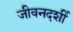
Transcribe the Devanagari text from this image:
जीवनदर्शी